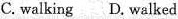
C.walking D. Walked